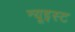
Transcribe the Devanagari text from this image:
न्यूइस्ट